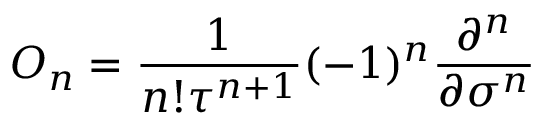
O _ { n } = \frac { 1 } { n ! \tau ^ { n + 1 } } ( - 1 ) ^ { n } \frac { \partial ^ { n } } { \partial \sigma ^ { n } }